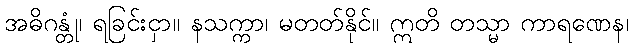
အဓိဂန္တုံ၊ ရခြင်းငှာ။ နသက္ကာ၊ မတတ်နိုင်။ ဣတိ တသ္မာ ကာရဏေန၊